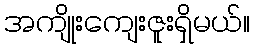
အကျိုးကျေးဇူးရှိမယ်။